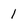
Character: 1